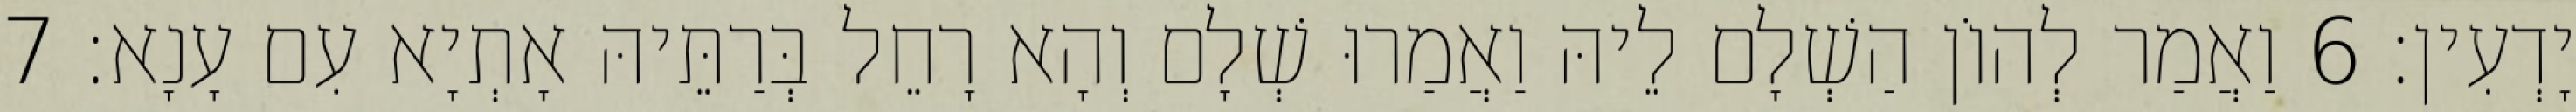
יָדְעִין׃ 6 וַאֲמַר לְהוֹן הַשְׁלָם לֵיהּ וַאֲמַרוּ שְׁלָם וְהָא רָחֵל בְּרַתֵּיהּ אָתְיָא עִם עָנָא׃ 7